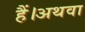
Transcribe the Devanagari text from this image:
हैं।अथवा